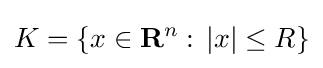
K=\{x\in \mathbf {R} ^{n}:\,|x|\leq R\}